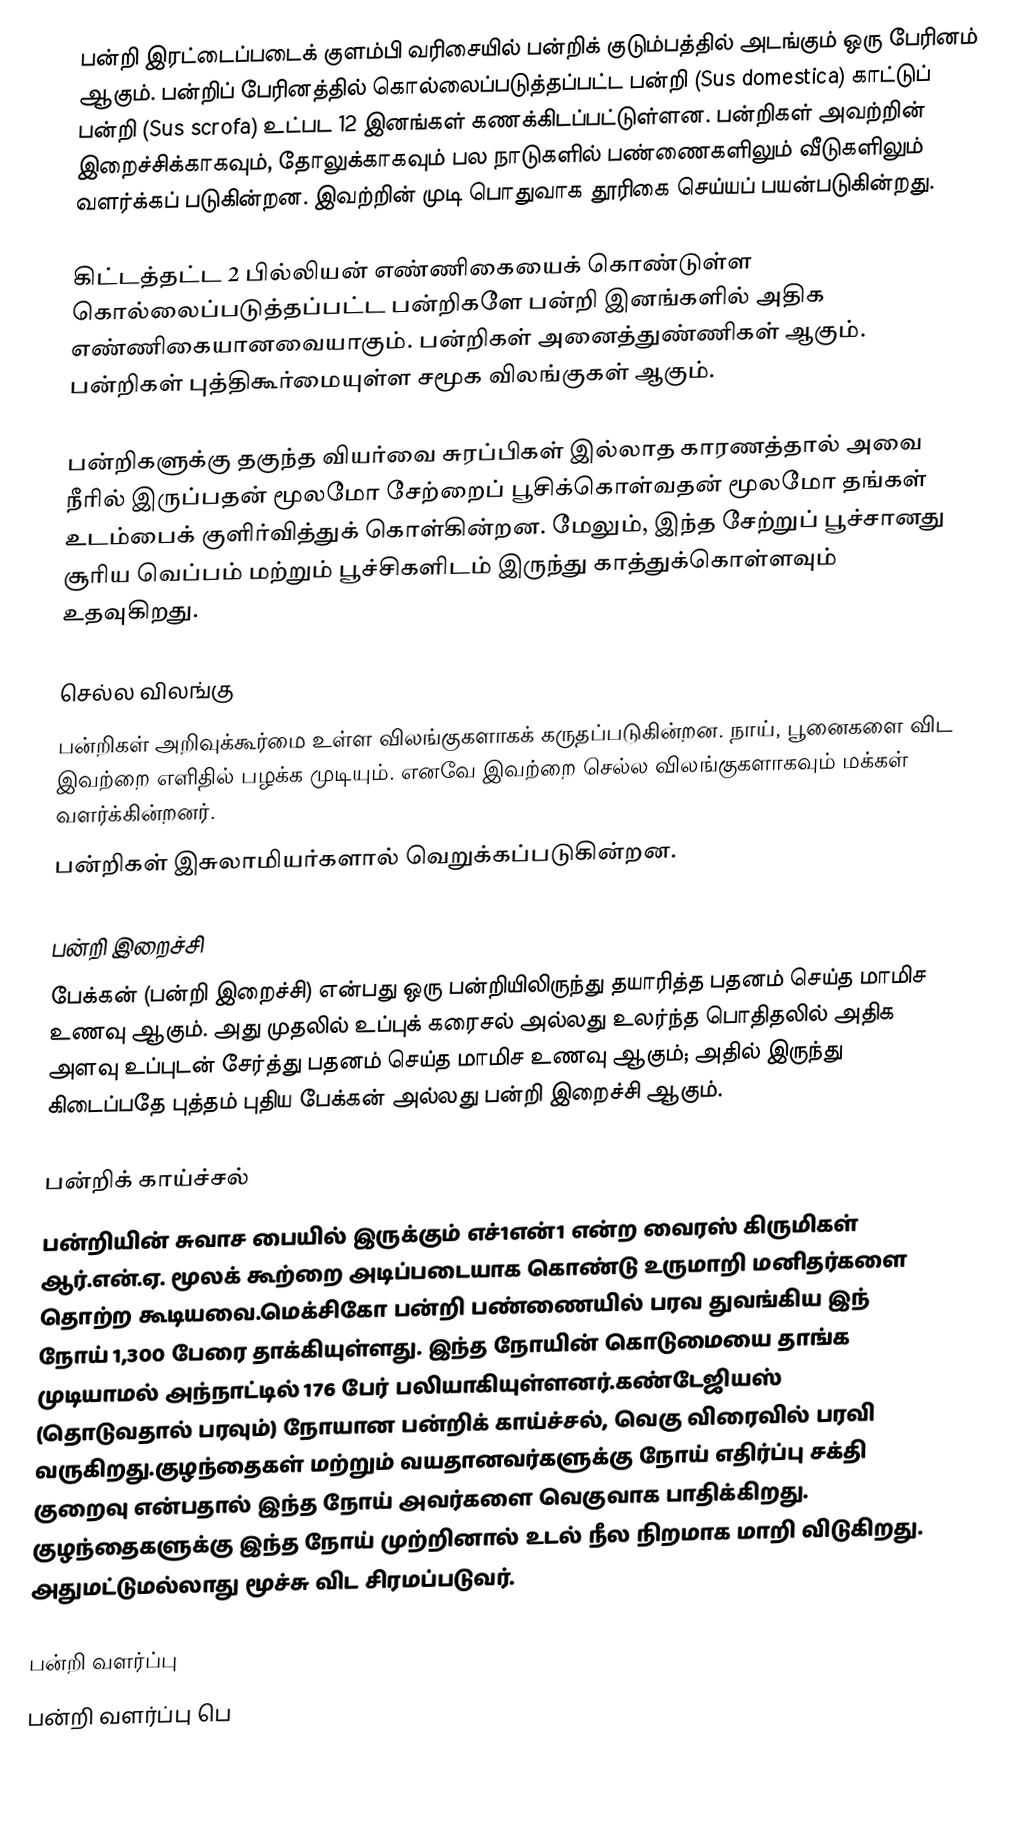
பன்றி இரட்டைப்படைக் குளம்பி வரிசையில் பன்றிக் குடும்பத்தில்  அடங்கும்  ஒரு பேரினம் ஆகும். பன்றிப் பேரினத்தில் கொல்லைப்படுத்தப்பட்ட பன்றி (Sus domestica) காட்டுப் பன்றி (Sus scrofa)  உட்பட 12 இனங்கள் கணக்கிடப்பட்டுள்ளன. பன்றிகள் அவற்றின் இறைச்சிக்காகவும், தோலுக்காகவும் பல நாடுகளில் பண்ணைகளிலும் வீடுகளிலும் வளர்க்கப் படுகின்றன. இவற்றின் முடி பொதுவாக தூரிகை செய்யப் பயன்படுகின்றது.

கிட்டத்தட்ட 2 பில்லியன் எண்ணிகையைக் கொண்டுள்ள கொல்லைப்படுத்தப்பட்ட பன்றிகளே பன்றி இனங்களில் அதிக எண்ணிகையானவையாகும். பன்றிகள் அனைத்துண்ணிகள் ஆகும். பன்றிகள் புத்திகூர்மையுள்ள சமூக விலங்குகள் ஆகும்.

பன்றிகளுக்கு தகுந்த வியர்வை சுரப்பிகள் இல்லாத காரணத்தால் அவை நீரில் இருப்பதன் மூலமோ சேற்றைப் பூசிக்கொள்வதன் மூலமோ தங்கள் உடம்பைக் குளிர்வித்துக் கொள்கின்றன. மேலும், இந்த சேற்றுப் பூச்சானது சூரிய வெப்பம் மற்றும் பூச்சிகளிடம் இருந்து காத்துக்கொள்ளவும் உதவுகிறது.

செல்ல விலங்கு
பன்றிகள் அறிவுக்கூர்மை உள்ள விலங்குகளாகக் கருதப்படுகின்றன. நாய், பூனைகளை விட இவற்றை எளிதில் பழக்க முடியும். எனவே இவற்றை செல்ல விலங்குகளாகவும் மக்கள் வளர்க்கின்றனர்.
பன்றிகள் இசுலாமியர்களால் வெறுக்கப்படுகின்றன.

பன்றி இறைச்சி
பேக்கன் (பன்றி இறைச்சி) என்பது ஒரு பன்றியிலிருந்து தயாரித்த பதனம் செய்த மாமிச உணவு ஆகும். அது முதலில் உப்புக் கரைசல் அல்லது உலர்ந்த பொதிதலில் அதிக அளவு உப்புடன் சேர்த்து பதனம் செய்த மாமிச உணவு ஆகும்; அதில் இருந்து கிடைப்பதே புத்தம் புதிய பேக்கன் அல்லது பன்றி இறைச்சி ஆகும்.

பன்றிக் காய்ச்சல்
பன்றியின் சுவாச பையில் இருக்கும் எச்1என்1 என்ற வைரஸ் கிருமிகள் ஆர்.என்.ஏ. மூலக் கூற்றை அடிப்படையாக கொண்டு உருமாறி மனிதர்களை தொற்ற கூடியவை.மெக்சிகோ பன்றி பண்ணையில் பரவ துவங்கிய இந் நோய் 1,300 பேரை தாக்கியுள்ளது. இந்த நோயின் கொடுமையை தாங்க முடியாமல் அந்நாட்டில் 176 பேர் பலியாகியுள்ளனர்.கண்டேஜியஸ் (தொடுவதால் பரவும்) நோயான பன்றிக் காய்ச்சல், வெகு விரைவில் பரவி வருகிறது.குழந்தைகள் மற்றும் வயதானவர்களுக்கு நோய் எதிர்ப்பு சக்தி குறைவு என்பதால் இந்த நோய் அவர்களை வெகுவாக பாதிக்கிறது. குழந்தைகளுக்கு இந்த நோய் முற்றினால் உடல் நீல நிறமாக மாறி விடுகிறது. அதுமட்டுமல்லாது மூச்சு விட சிரமப்படுவர்.

பன்றி வளர்ப்பு
பன்றி வளர்ப்பு பெ